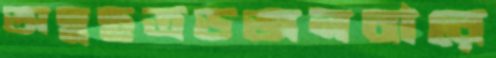
অন্নছত্রডজনবারে